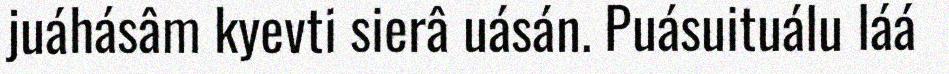
juáhásâm kyevti sierâ uásán. Puásuituálu láá